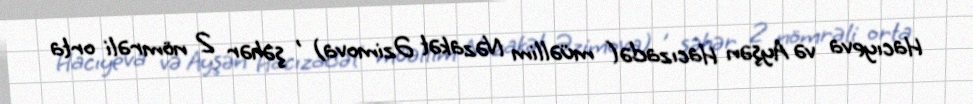
Hacıyeva və Ayşən Hacızadə( müəllim Nəzakət Əzimova) , şəhər 2 nömrəli orta